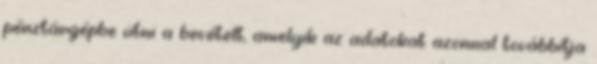
pénztárgépbe ütni a bevételt, amelyik az adatokat azonnal továbbítja